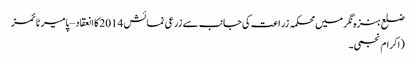
ضلع ہنزہ نگر میں محکمہ زراعت کی جانب سے زرعی نمائش 2014کا انعقاد – پامیر ٹائمز
(اکرام نجمی۔